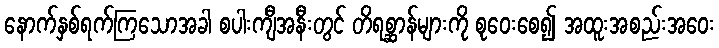
နောက်နှစ်ရက်ကြသောအခါ စပါးကျီအနီးတွင် တိရစ္ဆာန်များကို စုဝေးစေ၍ အထူးအစည်းအဝေး